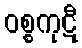
ဝစ္စကုဋီ